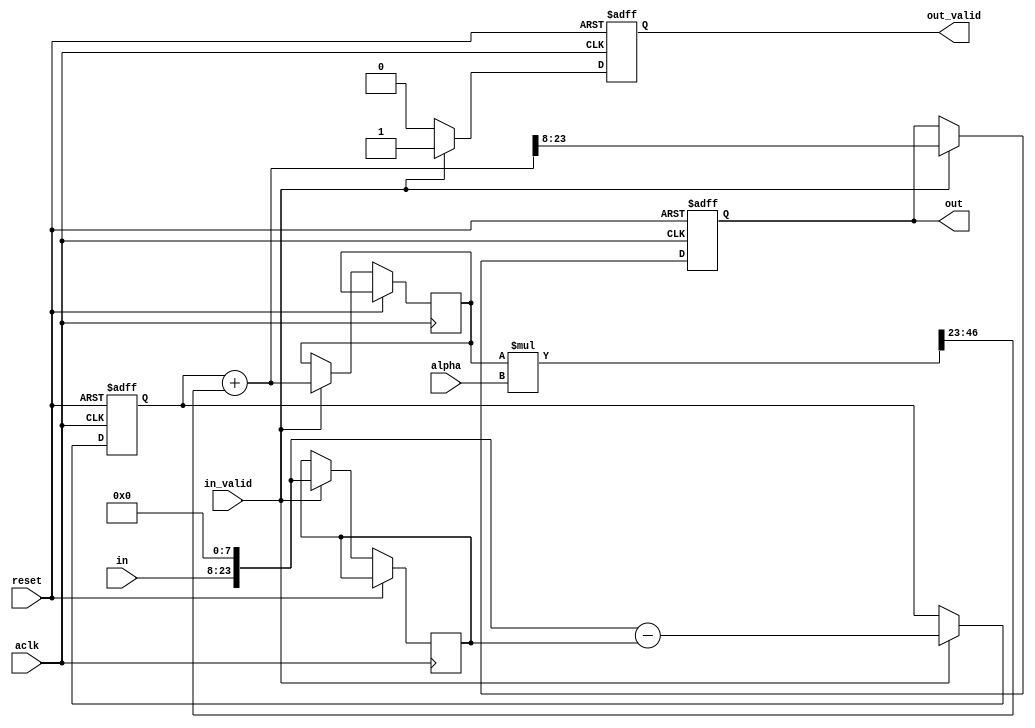
`default_nettype none

// Delta/sigma-bsed DC reject filter.
// y(n) = x(n) - x(n - 1) + y(n - 1) * alpha
// Samples are fed through a differentiator and then into an integrator with a 
// weakened feedback causing fast changes to be favored over stable signals.
// 
// Setting alpha to 2**(alpha_width - 1)*0.9999 results in a very sharp filter
// with a cutoff very close to DC. 
module dc_reject #(
    parameter SIGNAL_WIDTH = 16,
    parameter ALPHA_WIDTH = 24  
    ) ( 
    input wire aclk, 
    input wire reset,
    
    input wire signed [0:-ALPHA_WIDTH + 1] alpha,  
    input wire signed [0:-SIGNAL_WIDTH + 1] in,     
    input wire in_valid,
    
    output reg signed [0:-SIGNAL_WIDTH + 1] out,
    output reg out_valid = 0
    );
        
    reg signed [0:-ALPHA_WIDTH + 1] diff = 0;    // Accumulator for differential
    reg signed [0:-ALPHA_WIDTH + 1] integ = 0;   // Accumulator for integral
    reg signed [0:-ALPHA_WIDTH + 1] integ_d = 0; // z^-1 time shifted integral
    reg signed [0:-ALPHA_WIDTH + 1] in_d = 0;    // z^-1 time shifted input
    reg signed [0:-ALPHA_WIDTH * 2 + 1] integ_times_alpha = 0; // Scaled feedback pre-reduction
    reg signed [0:-ALPHA_WIDTH + 1] feedback = 0;// Redduced scaled feedback
    
    wire signed [0:-ALPHA_WIDTH + 1] in_extended;
    assign in_extended = in << (ALPHA_WIDTH - SIGNAL_WIDTH);
    
    always @(*) 
    begin
        integ_times_alpha = integ_d * alpha; 
        feedback = integ_times_alpha >>> (ALPHA_WIDTH - 1); // -1 because alpha is signed and effectively one bit shorter
        integ = diff + feedback;
    end    
    
    always @(posedge aclk or posedge reset) 
    begin
        if(reset) 
        begin
            diff <= 0;
            out <= 0;
            out_valid <= 0;
        end else begin
            if(in_valid)
            begin
                diff <= in_extended - in_d;
                in_d <= in_extended;              
                integ_d <= integ;
                out <= integ >>> (ALPHA_WIDTH-SIGNAL_WIDTH);
                out_valid <= 1;
            end else begin
                out_valid <= 0;
            end
        end
    end
endmodule